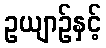
ဥယျာဉ်နှင့်